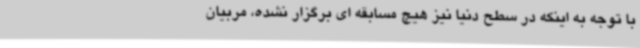
با توجه به اینکه در سطح دنیا نیز هیچ مسابقه ای برگزار نشده، مربیان